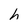
Character: h